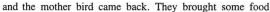
and the mother bird came back. They brought some food